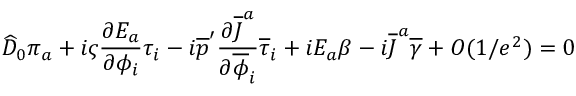
\widehat { D } _ { 0 } \pi _ { a } + i \varsigma { \frac { \partial E _ { a } } { \partial \phi _ { i } } } \tau _ { i } - i \overline { { { p } } } ^ { \prime } { \frac { \partial \overline { { { J } } } ^ { a } } { \partial \overline { { { \phi } } } _ { i } } } \overline { { { \tau } } } _ { i } + i E _ { a } \beta - i \overline { { { J } } } ^ { a } \overline { { { \gamma } } } + { \cal O } ( 1 / e ^ { 2 } ) = 0